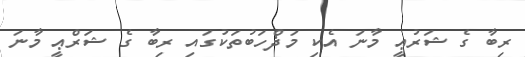
ރިބާ ގެ ޝަރުޢީ މާނަ އެކި މަޛްހަބުތަކުގައި ރިބާ ގެ ޝަރްޢީ މާނަ